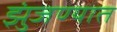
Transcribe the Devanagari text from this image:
झुंजण्यात